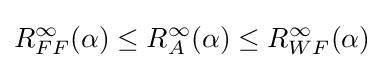
R_{FF}^{\infty }(\alpha )\leq R_{A}^{\infty }(\alpha )\leq R_{WF}^{\infty }(\alpha )